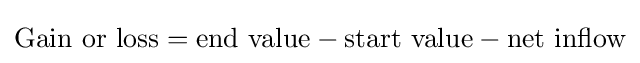
{\text{Gain or loss}}={\text{end value}}-{\text{start value}}-{\text{net inflow}}